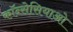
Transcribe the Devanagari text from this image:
कॉन्सेसियाओ